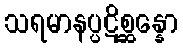
သရမာနပ္ပဋိစ္ဆန္နော